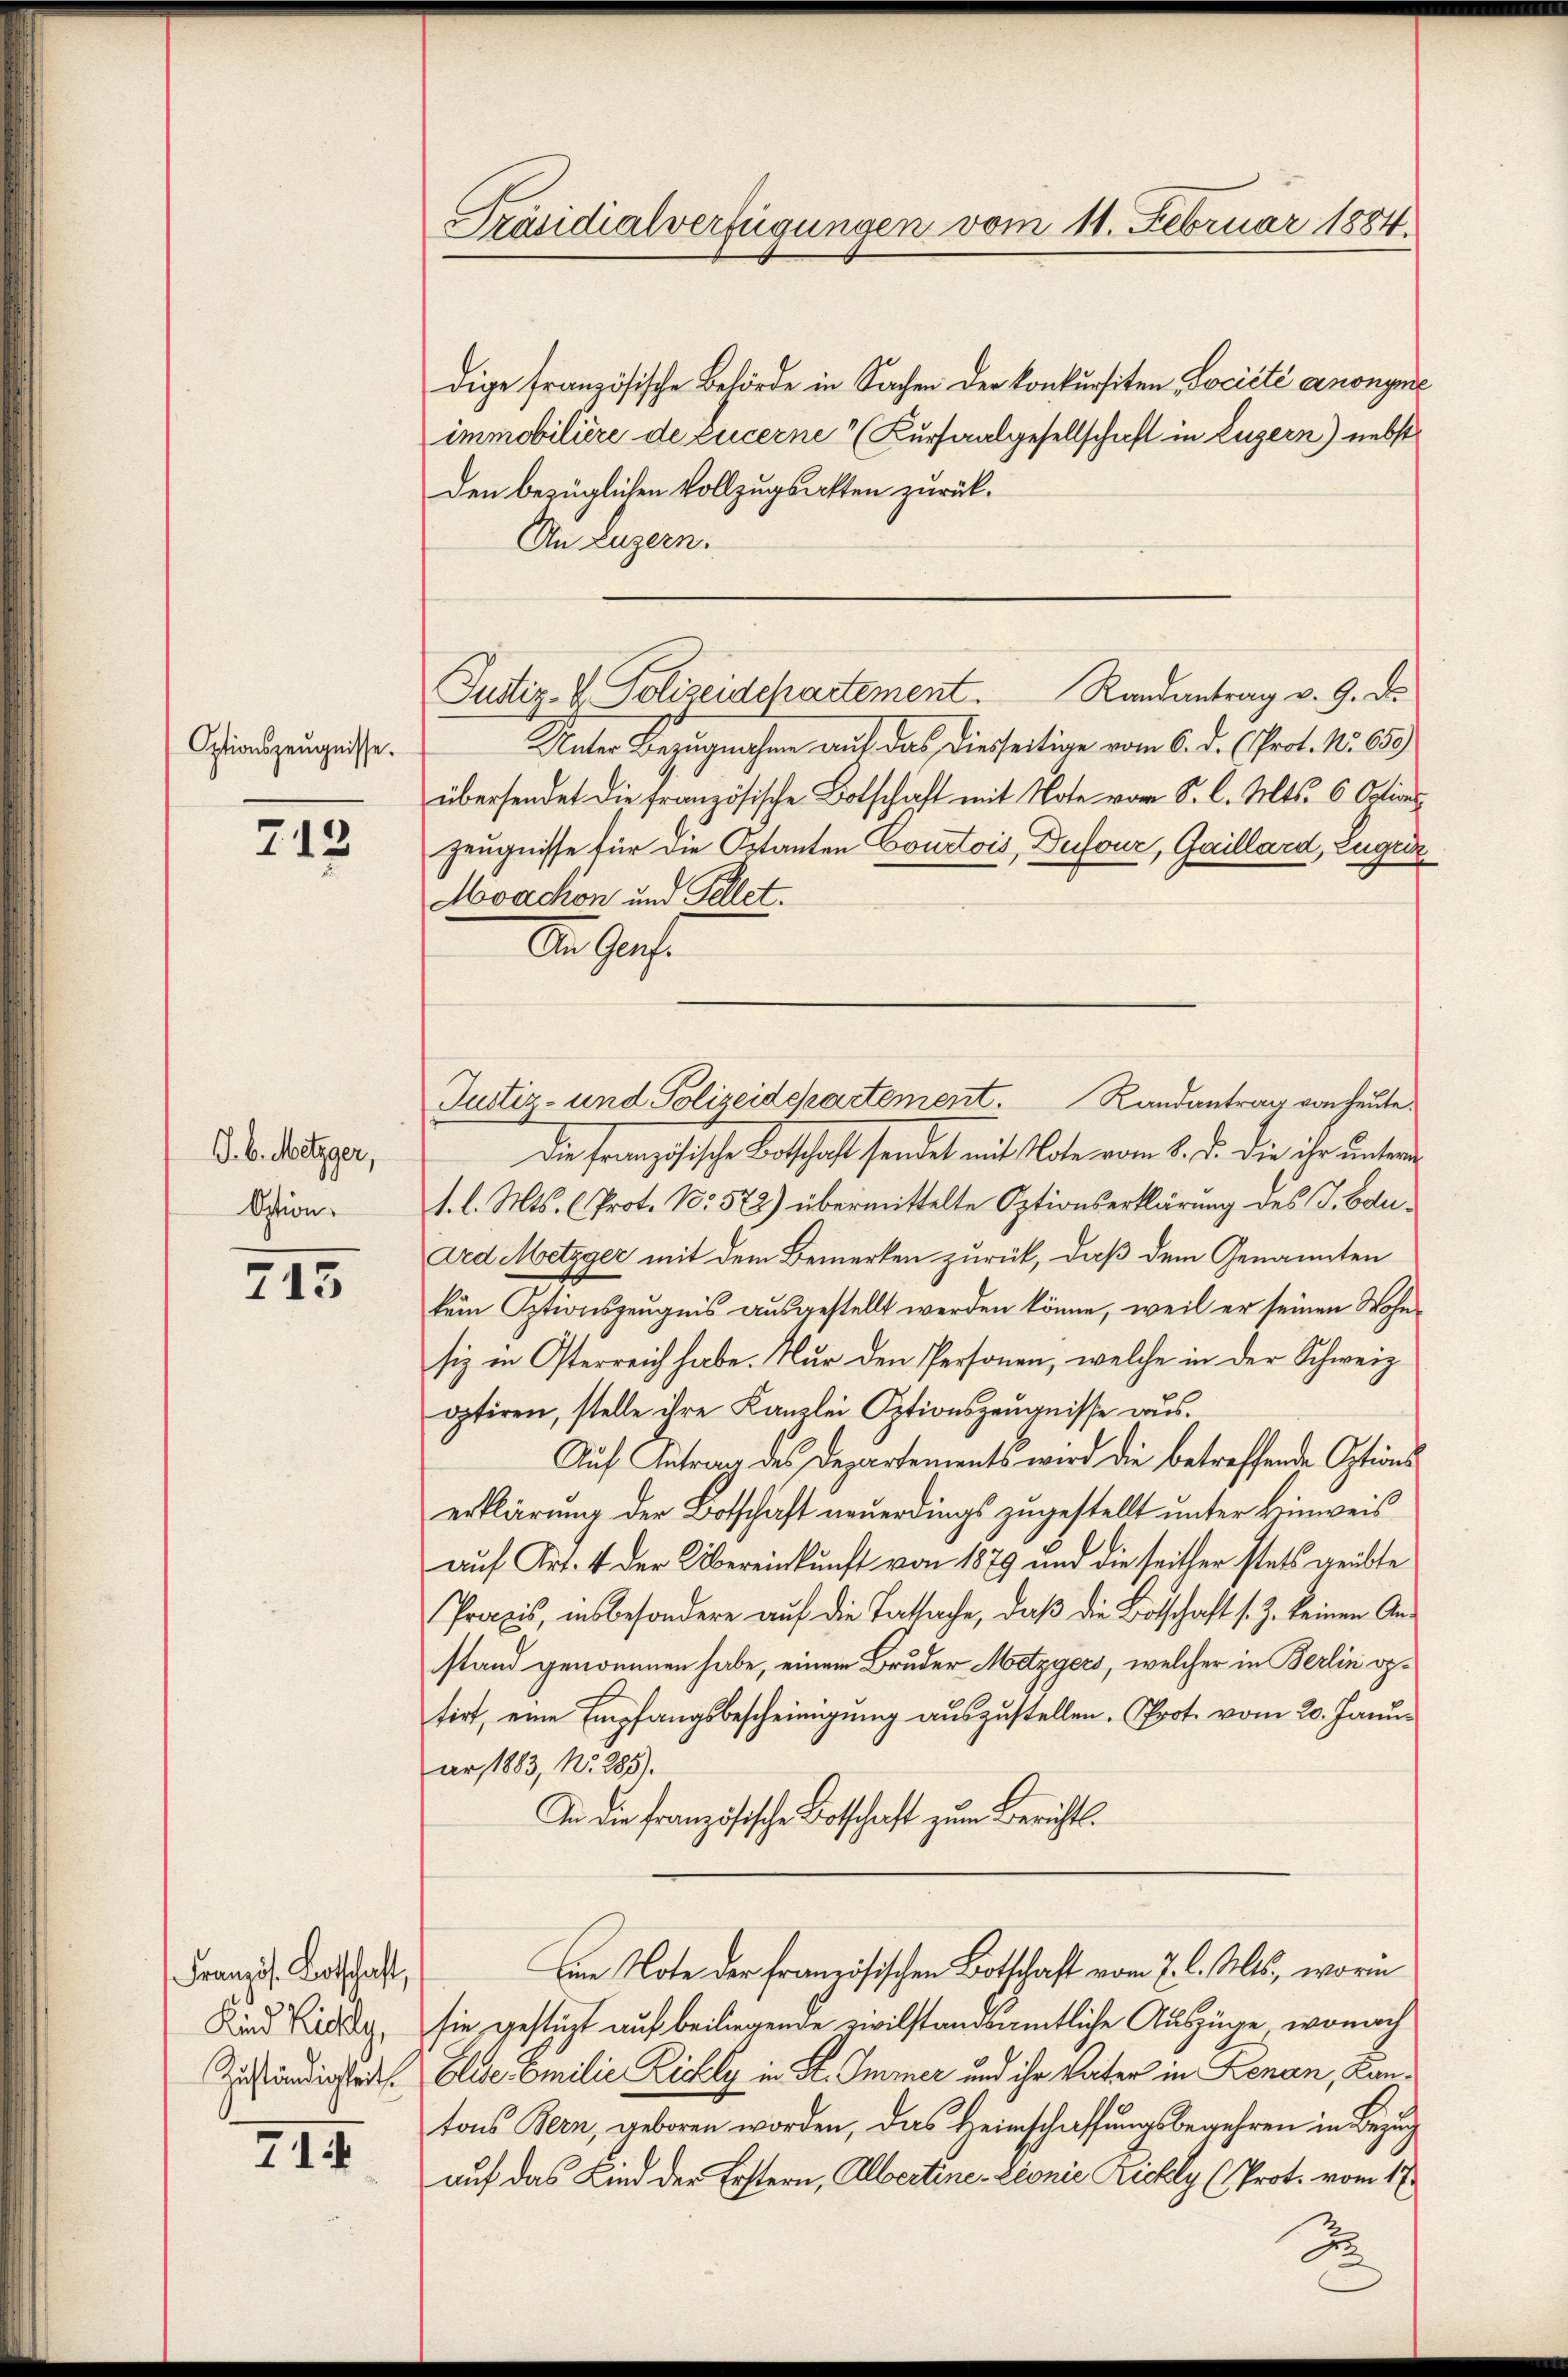
Optionszeugnisse.

713

J.b. Metzger,
Option.

715

Französ. Botschaft,
Kind Kiely,
Zuständigkeit.

III

Präsidialverfügungen vom 11. Februar 1884.

dige französische Behörde in Sachen der Konkursiten Société anonymie
immobilière de Lucerne Kursaalgesellschaft in Luzern) nebst
den bezüglichen Vollzugsakten zurück¬
An Luzern.
Unter Bezugnahme auf das diesseitige vom 6. d. (Prot. No. 650)
übersendet die französische Botschaft mit Note vom S. l. Mts. 6 Octions¬
Zeugnisse für die Ortanten Courtois, Dufour, Gaillard, Zugri
Moachon und Fellet.
An Grafe
Die französische Botschaft sendet mit Note vom 8. d. die ihr unterm
1. l. Mts. (Prot. No. 572) übermittelte Optionserklärung des J. Bau¬
Ded Metzger mit dem Bemerken zurück, daß dem Genannten
kein Optionszeugnis ausgestellt werden könne, weil er seinen Wohnsiz in Osterreich habe. Nur den Personen, welche in der Schweiz
optiren, stelle ihre Kanzlei Optionszeugnisse aus.
Auf Antrag des Departements wird die betreffende Optionserklärung der Botschaft neuerdings zugestellt unter Hinweis
auf Art. 4 der Übereinkunft von 1879 und die seither stets geübte
Praxis, insbesondere auf die Tatsache, daß die Botschaft s. Z. keinen Anstand genommen habe, einem Bruder Metzgers, welcher in Berlin optirt, eine Empfangsbescheinigung auszustellen. Prot. vom 20. Januar, 1883, No. 285).
In die französische Botschaft zum Berichts¬
Eine Note der französischen Botschaft vom 7. l. Mts, worin
sie gestüzt auf beiliegende zivilstandsamtliche Auszüge, wonach
Eliser Emilie Richly in St. Immer und ihr Vater in Lenan, Kantons Bern, geboren worden, das Heimschaffungsbegehren in Bezug
auf das Kind der Erstern, Albertine. Leonie Richly (Prot. vom 17.
S

Justiz- & Polizeidchartement. Randantrag v. 9. d.

Justiz- und Polizeidepartement. Randantrag von heute.